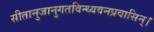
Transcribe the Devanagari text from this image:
सीतानुजानुगतविन्ध्यवनप्रवासिन्।